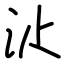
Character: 𣲓